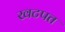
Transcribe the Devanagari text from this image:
खटपत